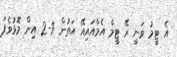
އެ ޓީމު ވަނީ ރޭ ޓީމް އެމްއައިއޭ އަތުން 9-2 އިން މޮޅުވެފަ